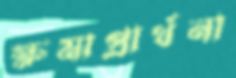
ক্ষমাপ্রার্থনা